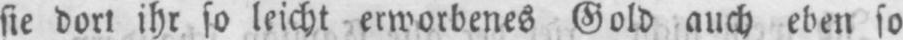
sie dort ihr so leicht erworbenes Gold auch eben so